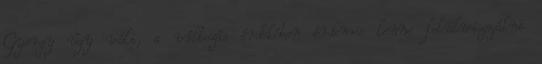
György úgy véli, a változás érdekében érdemes lenne felülvizsgálni